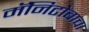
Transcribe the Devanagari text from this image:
मॅनिटोबाचा